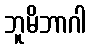
ဘူမိဘာဂါ